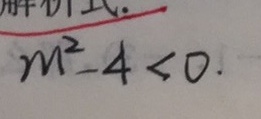
m ^ { 2 } - 4 < 0